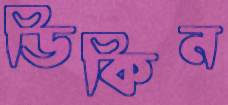
ডিকিন